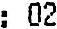
: 02